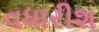
વધારીશ